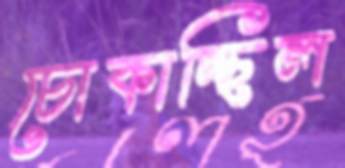
চোকাচ্ছিল